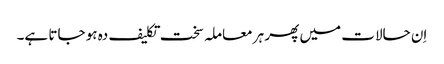
اِن حالات میں پھر ہر معاملہ سخت تکلیف دہ ہو جاتا ہے۔